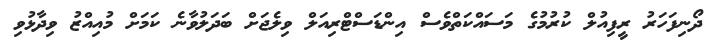
ދޯނިފަހަރު ރީފިއުލް ކުރުމުގެ މަސައްކަތްވެސް އިންޑަސްޓްރިއަލް ވިލެޖަށް ބަދަލުވާނެ ކަމަށް މުއިއްޒު ވިދާޅުވި